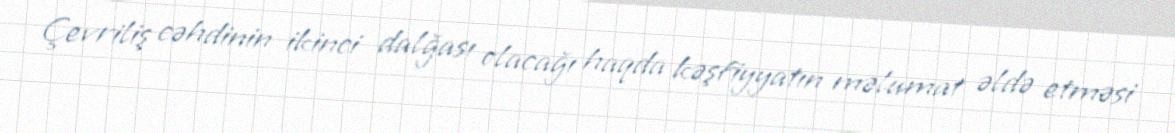
Çevriliş cəhdinin ikinci dalğası olacağı haqda kəşfiyyatın məlumat əldə etməsi